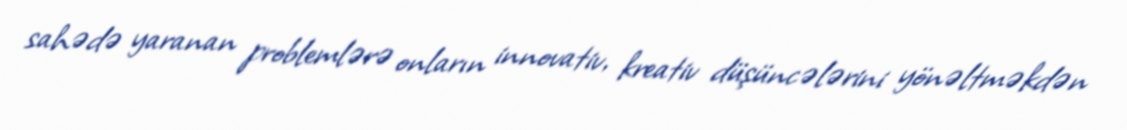
sahədə yaranan problemlərə onların innovativ, kreativ düşüncələrini yönəltməkdən